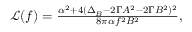
\begin{array} { r } { \mathcal { L } ( f ) = \frac { \alpha ^ { 2 } + 4 ( \Delta _ { B } - 2 \Gamma A ^ { 2 } - 2 \Gamma B ^ { 2 } ) ^ { 2 } } { 8 \pi \alpha f ^ { 2 } B ^ { 2 } } , } \end{array}